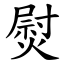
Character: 熨